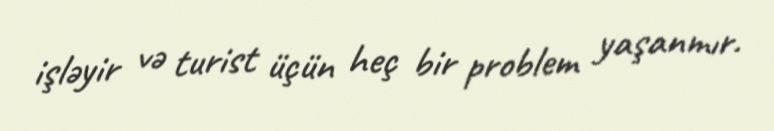
işləyir və turist üçün heç bir problem yaşanmır.